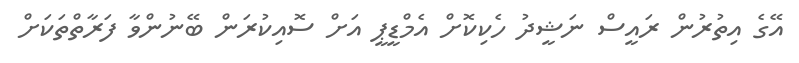
އޭގެ އިތުރުން ރައީސް ނަޝީދު ހެކިކޮށް އެމްޑީޕީ އަށް ސޮއިކުރަން ބޭނުންވާ ފަރާތްތަކަށް